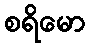
စရိမော